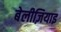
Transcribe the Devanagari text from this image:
बेलीज़ियाइ